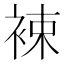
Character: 𧚏